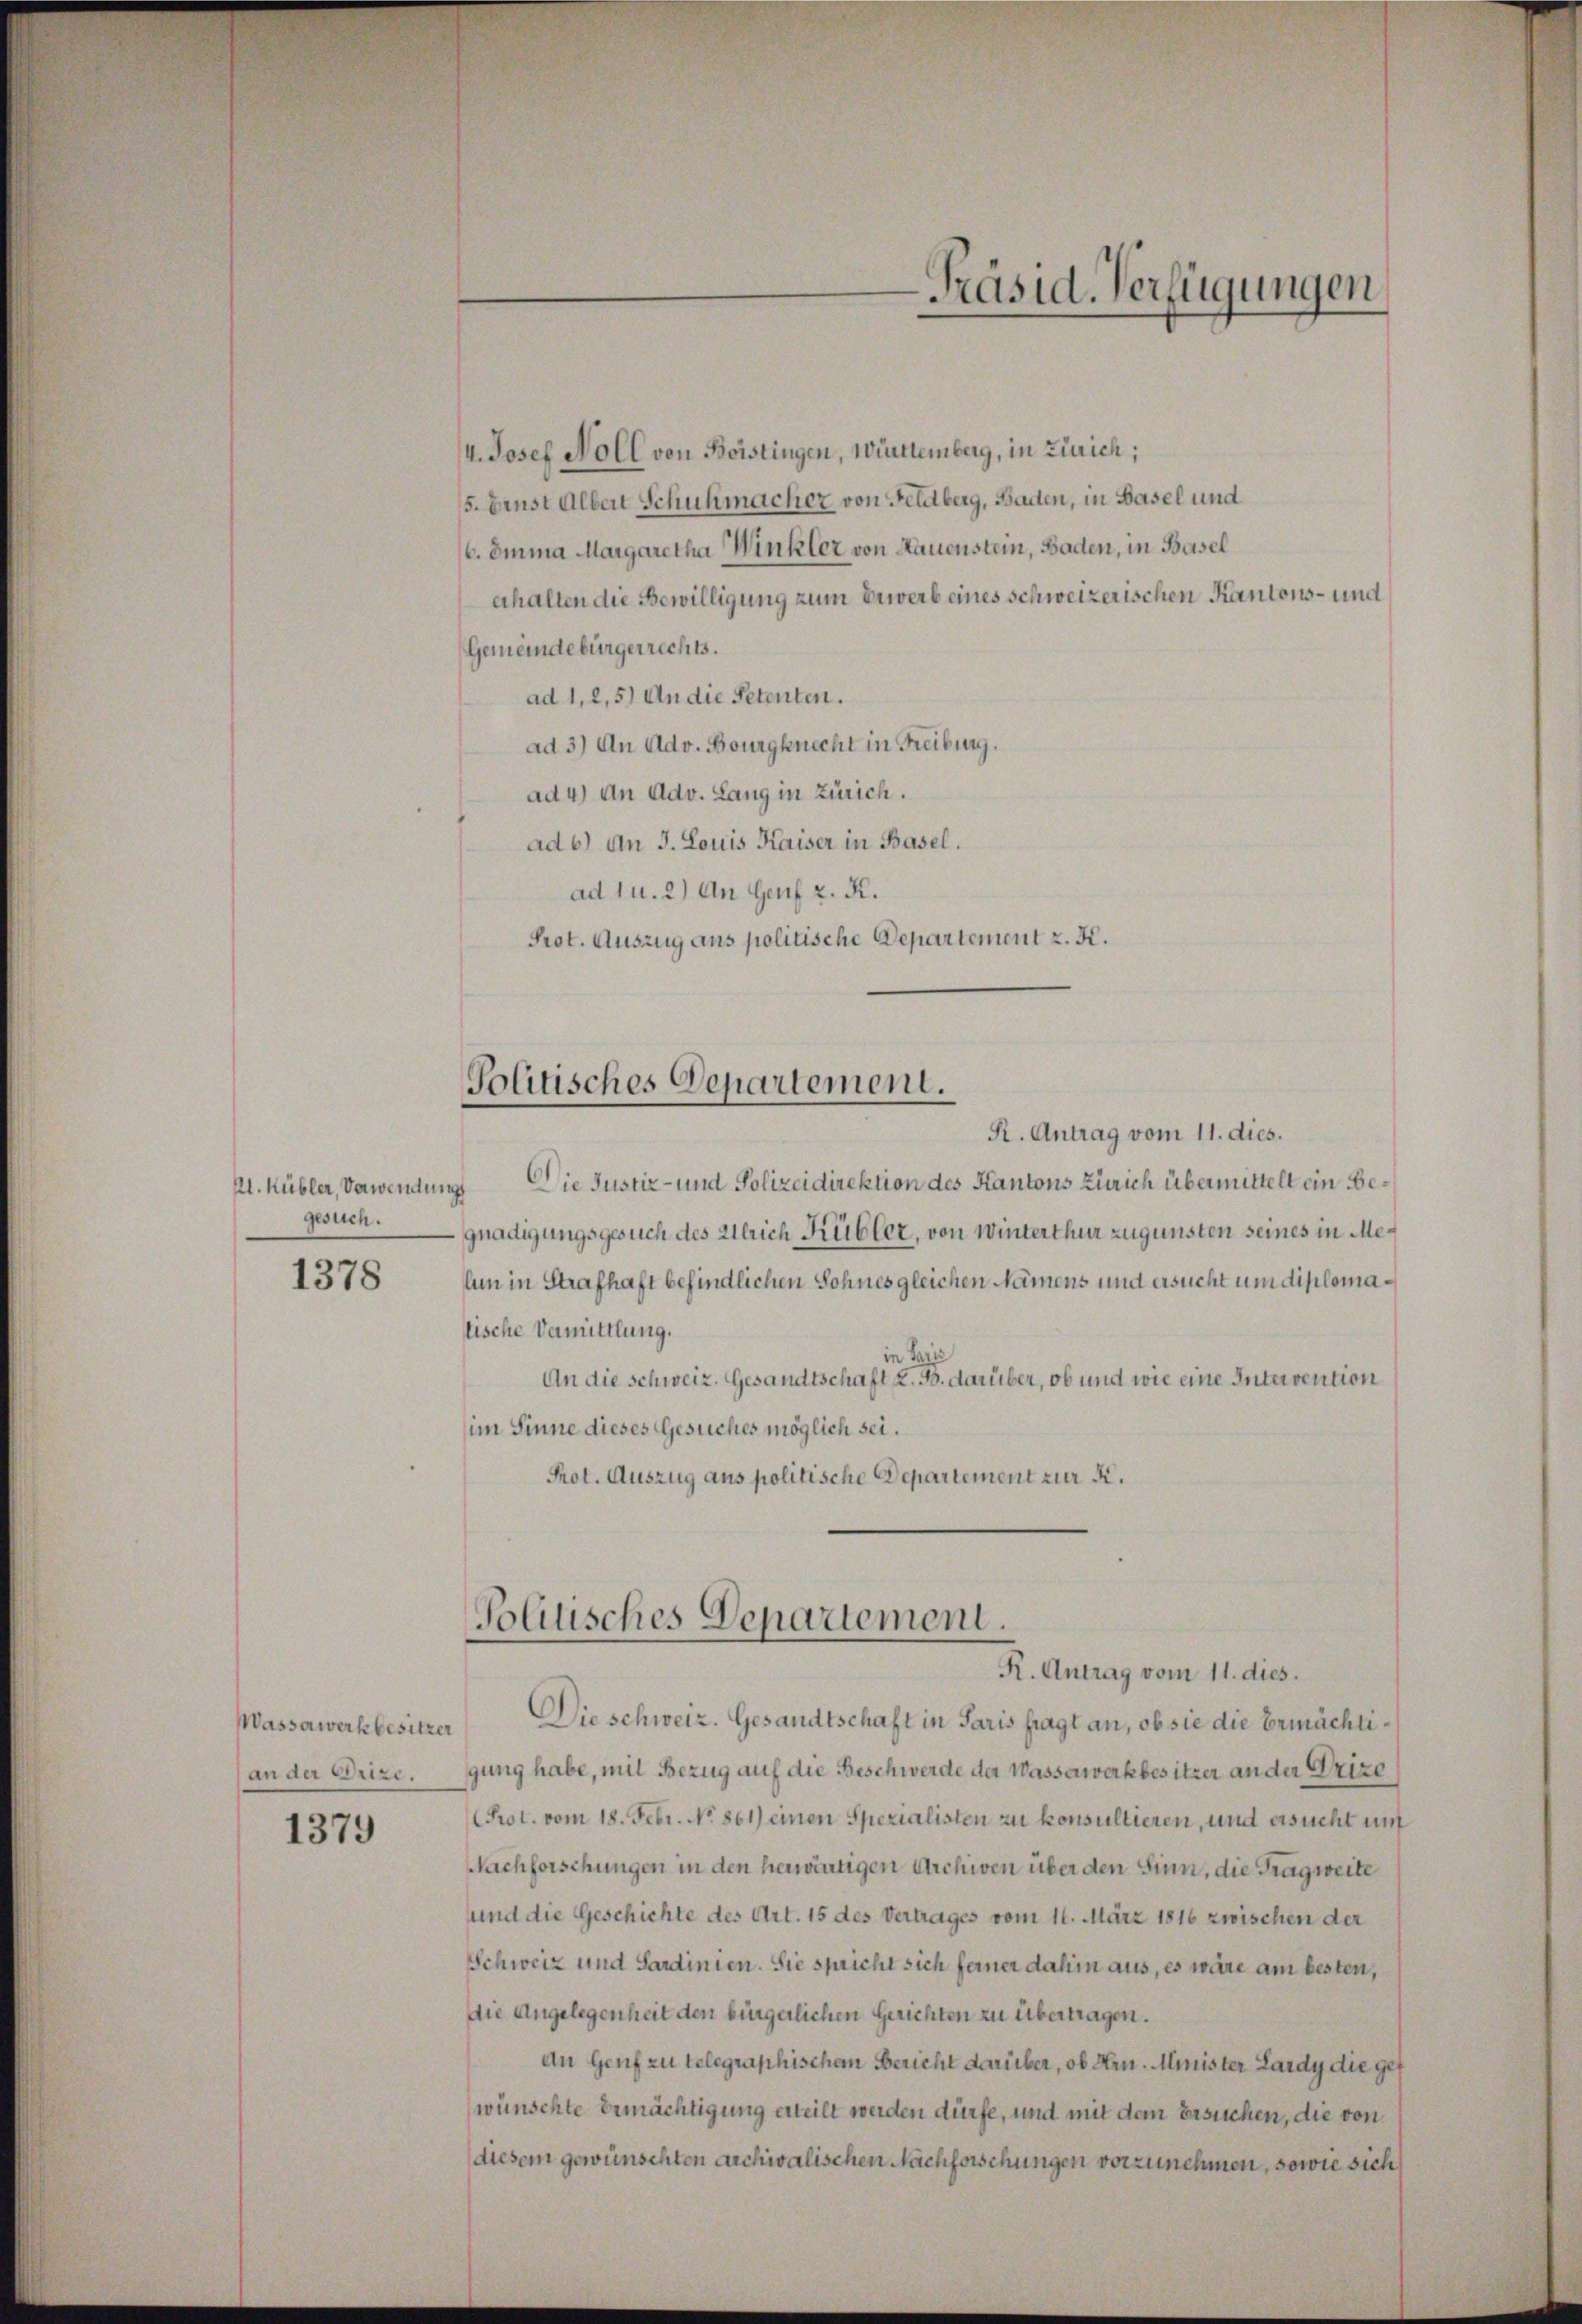
Al. Kübler, Verwendung
gesuch.

1378

Massawerkbesitzer
an der Drize.
1379

Politisches Departement.

I. Josef Noll von Beistingen, Württemberg, in Zürich;
5. Einst Alber Schuhmacher von Feldberg, Baden, in Basel und
b. Imma Margaretha Winkler von Hauenstein, Baden, in Basel
erhalten die Bewilligung zum Erwerb eines schweizerischen Kantons- und
Gemeindebürgerrechts.
ad 1, 2,5) An die Petenten.
ad 3) An Adv. Bourgknecht in Freiburg.
ad 4) an Adv. Lang in Zürich.
ad b) an J. Louis Kaiser in Basel.
ad 1 u. 2) An Genf z. K.
Prot. Auszug aus politische Departement z. K.

R. Antrag vom 11. dies.
Die Justiz- und Polizeidirektion des Kantons Zürich übermittelt ein Begnadigungsgesuch des Ulrich Kübler, von Winterthur zugunsten seines in Melun in Strafhaft befindlichen Sohnes gleichen Namens und ersucht um diplomatische Vermittlung.
in Paris
An die Schweiz. Gesandtschaft z. B. darüber, ob und wie eine Intervention
(im Sinne dieses Gesuches möglich sei.
Prot. Auszug aus politische Departement zur K.

Präsid. Verfügungen

Politisches Departement.
R. Antrag vom 11. dies.

Die schweiz. Gesandtschaft in Paris fragt an, ob sie die Ermächtigung habe, mit Bezug auf die Beschwerde der Wasserwerkbesitzer an der Grizo
Prol. vom 18. Febr. No. 861) einen Spezialisten zu konsultieren, und ersucht um
Nachforschungen in den herwärtigen Archiven über den Sinn, die Tragweite
und die Geschichte des Art. 15 des Vertrages vom 11. März 1816 zwischen der
Schweiz und Sardinien. Sie spricht sich ferner dahin aus, es wäre am besten,
die Angelegenheit den bürgerlichen Gerichten zu übertragen.
An Genf zu telegraphischem Bericht darüber, ob Hrn. Minister Lardy die gef
wünschte Ermächtigung erteilt werden dürfe, und mit dem Ersuchen, die von
diesem gewünschten Archivalischen Nachforschungen vorzunehmen, sowie sich